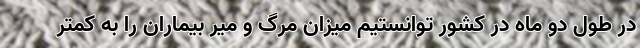
در طول دو ماه در کشور توانستیم میزان مرگ و میر بیماران را به کمتر